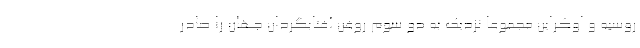
روسیه و اوکراین مجموعا نزدیک به دو سوم روغن آفتابگردان جهان را صادر